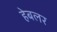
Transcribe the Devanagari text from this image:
हेबलर